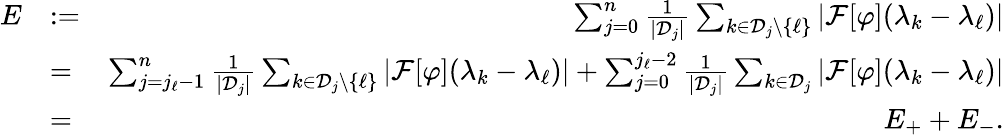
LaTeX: \begin{array}{rlr}{E}&{:=}&{\sum_{j=0}^{n}\frac{1}{|{\mathcal D}_{j}|}\sum_{k\in{\mathcal D}_{j}\setminus\{ \ell\} }|{\mathcal F}[\varphi](\lambda_{k}-\lambda_{\ell})|}\\ &{=}&{\sum_{j=j_{\ell}-1}^{n}\frac{1}{|{\mathcal D}_{j}|}\sum_{k\in{\mathcal D}_{j}\setminus\{ \ell\} }|{\mathcal F}[\varphi](\lambda_{k}-\lambda_{\ell})|+\sum_{j=0}^{j_{\ell}-2}\frac{1}{|{\mathcal D}_{j}|}\sum_{k\in{\mathcal D}_{j}}|{\mathcal F}[\varphi](\lambda_{k}-\lambda_{\ell})|}\\ &{=}&{E_{+}+E_{-}.}\end{array}